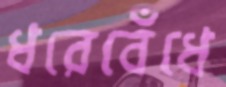
ধরেবেঁধে